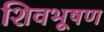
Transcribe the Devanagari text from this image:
शिवभूषण